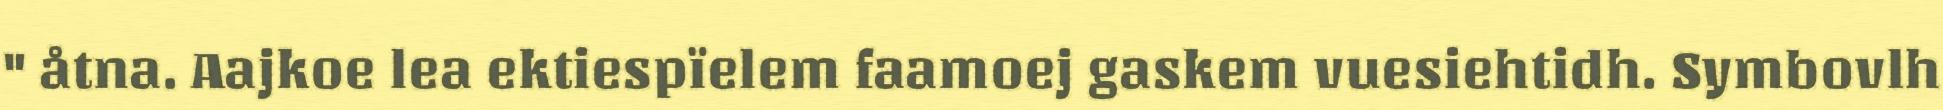
" åtna. Aajkoe lea ektiespïelem faamoej gaskem vuesiehtidh. Symbovlh